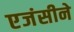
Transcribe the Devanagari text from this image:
एजंसीने